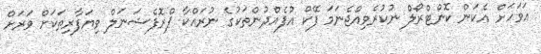
އަވަހަށް އެކަން ކޮންޓްރޯލް ނުކުރެވިއްޖެނަމަ ފޭކް އުފެއްދުންތަކުގެ ނުރައްކާ ޕްރޮފެޝަނަލް ވިޔަފާރިތަކަށް ވަރަށް